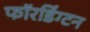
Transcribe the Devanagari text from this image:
फॉरडिंग्टन